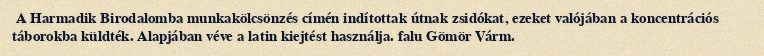
A Harmadik Birodalomba munkakölcsönzés címén indítottak útnak zsidókat, ezeket valójában a koncentrációs táborokba küldték. Alapjában véve a latin kiejtést használja. falu Gömör Várm.